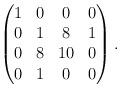
LaTeX: \begin{align*}\begin{pmatrix}1&0&0&0\\0&1&8&1\\0&8&10&0\\0&1&0&0\end{pmatrix}.\end{align*}